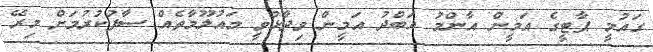
ގައުމީ ޕާޓީގެ އަމީން އާންމު އަބްދު އަމީން ވިދާޅުވީ މައުލޫމާތެއް ސާފުކުރުމަށް މިރޭ